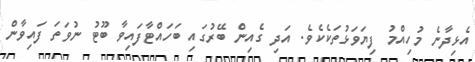
އެޅިދާނެ މުހިއްމު ފިޔަވަޅުތަކެކެވެ. އަދި ގެއިން ބޭރުގައި ބަހައްޓާފައިވާ ބޫޓު ނުވަތަ ފައިވާން